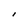
Character: I